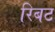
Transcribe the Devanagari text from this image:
रिबट